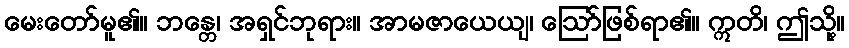
မေးတော်မူ၏။ ဘန္တေ၊ အရှင်ဘုရား။ အာမဇာယေယျ၊ ဩော်ဖြစ်ရာ၏။ ဣတိ၊ ဤသို့။